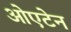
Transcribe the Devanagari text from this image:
ओएटेन